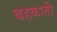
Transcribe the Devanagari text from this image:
बहकाती